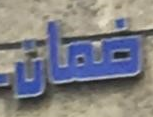
ضمان